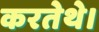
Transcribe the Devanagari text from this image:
करतेथे।